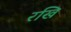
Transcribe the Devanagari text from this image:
रखि